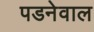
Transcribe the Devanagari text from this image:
पडनेवाल